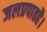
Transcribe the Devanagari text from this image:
जलप्रपातहै।